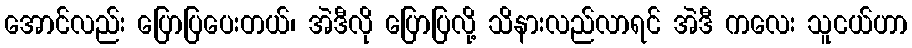
အောင်လည်း ပြောပြပေးတယ်၊ အဲဒီလို ပြောပြလို့ သိနားလည်လာရင် အဲဒီ ကလေး သူငယ်ဟာ